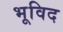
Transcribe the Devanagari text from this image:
भूविद